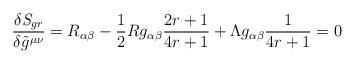
LaTeX: \begin{align*}\frac{\delta {\it S}_{gr}}{\delta \tilde g^{\mu \nu}} = R_{\alpha \beta} - \frac{1}{2} R g_{\alpha \beta}\frac{2r + 1}{4r + 1} + \Lambda g_{\alpha \beta}\frac{1}{4r + 1} = 0\end{align*}